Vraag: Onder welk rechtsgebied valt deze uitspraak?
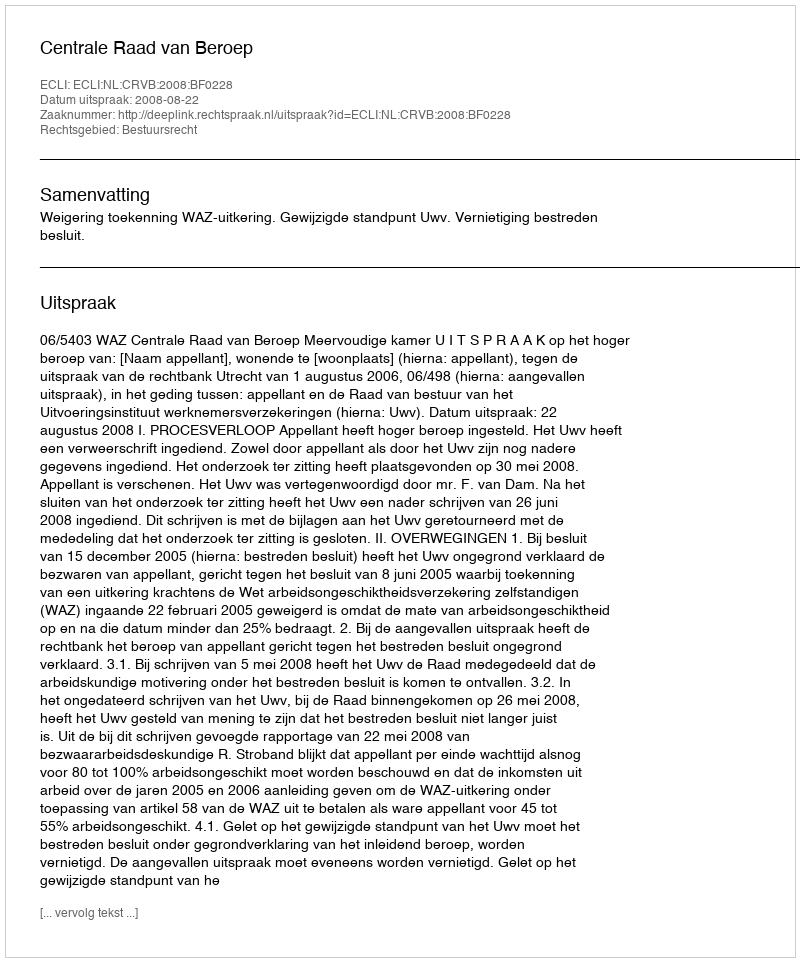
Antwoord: Bestuursrecht